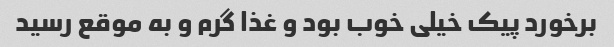
برخورد پیک خیلی خوب بود و غذا گرم و به موقع رسید